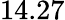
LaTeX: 14.27